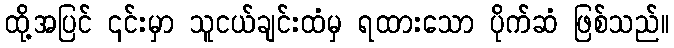
ထို့အပြင် ၎င်းမှာ သူငယ်ချင်းထံမှ ရထားသော ပိုက်ဆံ ဖြစ်သည်။